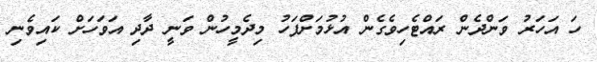
ހަ އަހަރު ވަންދެން ރައްޓެހިވެގެން އުޅުމަށްފަހު މިދެމީހުން ވަނީ ދާދި އަވަހަށް ކައިވެނި